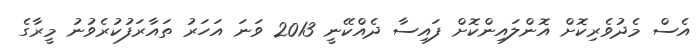
އެސް މެދުވެރިކޮށް އޮންލައިންކޮށް ފައިސާ ދެއްކޭނީ 2013 ވަނަ އަހަރު ތައާރަފުކުރެވުނު މީރާގެ